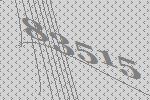
83515